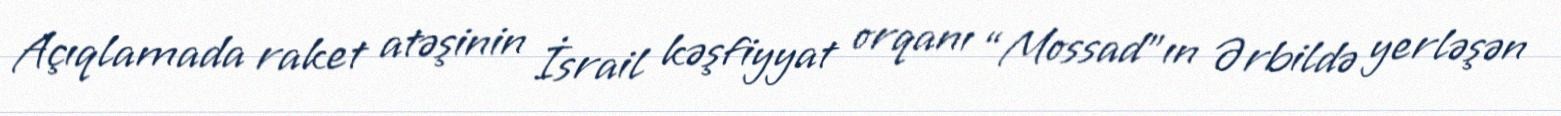
Açıqlamada raket atəşinin İsrail kəşfiyyat orqanı “Mossad”ın Ərbildə yerləşən